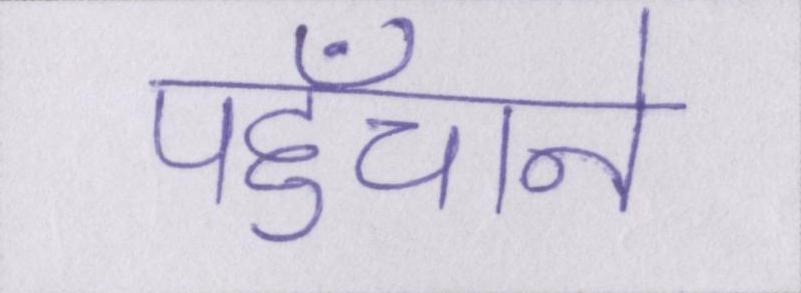
पहुँचाने